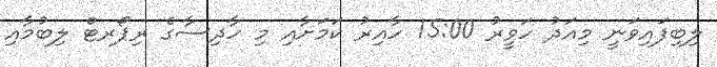
ލިބިފައިވަނީ މިއަދު ހަވީރު 15:00 ހާއިރު ކަމަށާއި މި ހާދިސާގެ ރިޕޯރޓް ލިބުމާއި